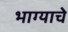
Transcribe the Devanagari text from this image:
भाग्याचे